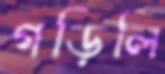
গড়িলি